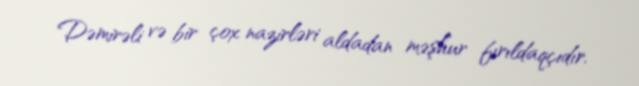
Dəmirəli və bir çox nazirləri aldadan məşhur fırıldaqçıdır.